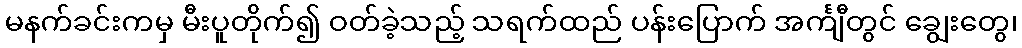
မနက်ခင်းကမှ မီးပူတိုက်၍ ဝတ်ခဲ့သည့် သရက်ထည် ပန်းပြောက် အင်္ကျီတွင် ချွေးတွေ၊